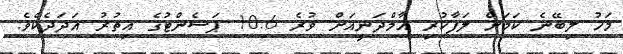
މަހު ލިބޭނެ ކަމަށް ލަފާކުރި އާމްދަނީއަށް ވުރެ 10.6 ޕަސެންޓުގެ އިތުރު އަދަދެކެވެ.